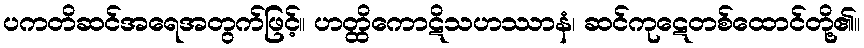
ပကတိဆင်အရေအတွက်ဖြင့်။ ဟတ္ထိကောဋိသဟဿာနံ၊ ဆင်ကုဋေတစ်ထောင်တို့၏။